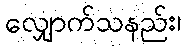
လျှောက်သနည်း၊